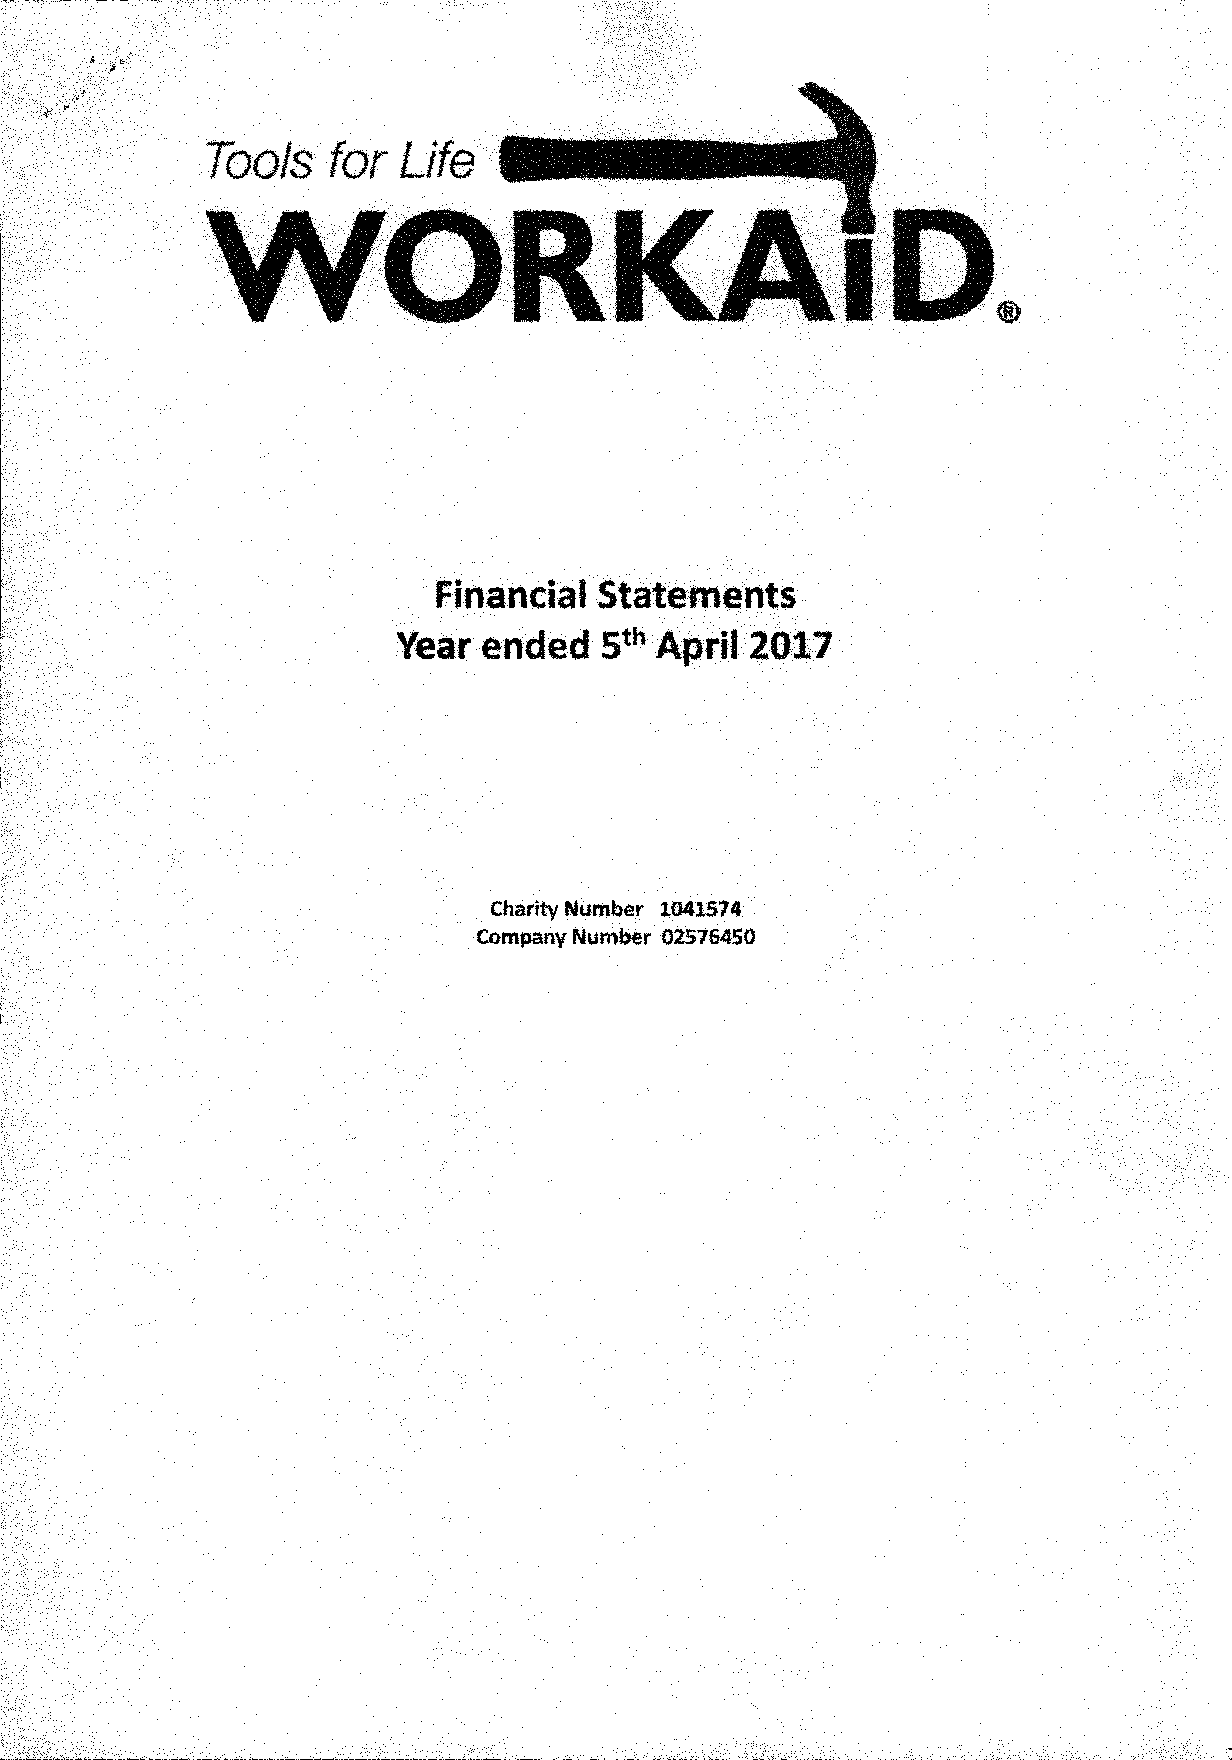
Tools    for Life   ••••••••
 WORK                              AlD.
 Financial  Statements
 Year  ended   5th April 2017
 Charity Number 1041574
 Company Number 02576450